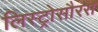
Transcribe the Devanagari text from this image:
लिस्ट्रोसौरस